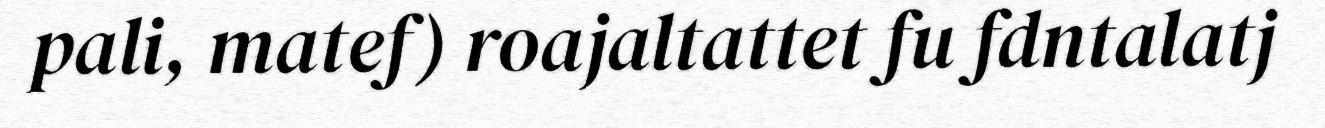
pali, matef) roajaltattet fu fdntalatj